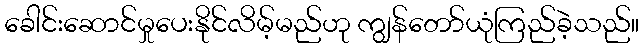
ခေါင်းဆောင်မှုပေးနိုင်လိမ့်မည်ဟု ကျွန်တော်ယုံကြည်ခဲ့သည်။